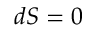
d S = 0